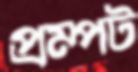
প্রম্পট